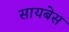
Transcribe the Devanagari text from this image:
सायबेस